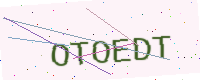
Text: OTOEDT